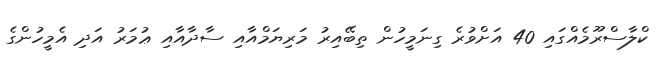
ކްލާސްރޫމެއްގައި 40 އަށްވުރެ ގިނަމީހުން ތިބޭއިރު މަރިޔަމްއާއި ސާދާއާއި ޢުމަރު އަދި އެމީހުންގެ